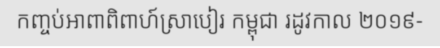
កញ្ចប់អាពាពិពាហ៍ស្រាបៀរ កម្ពុជា រដូវកាល ២០១៩-